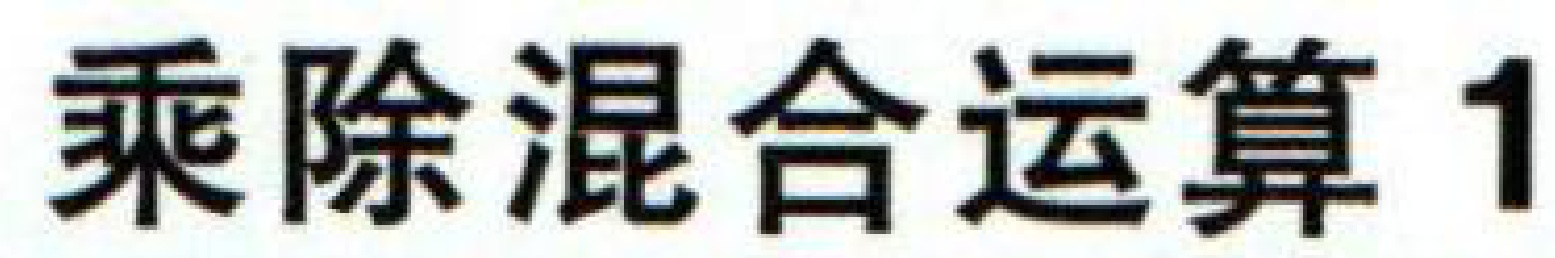
乘除混合运算1